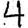
Digit: 4